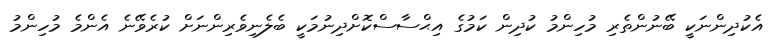
އެކުދިންނަކީ ބޭނުންތެރި މުހިންމު ކުދިން ކަމުގެ އިޙްސާސްކޮށްދިނުމަކީ ބެލެނިވެރިންނަށް ކުރެވޭނެ އެންމެ މުހިންމު